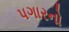
પગારનો